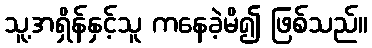
သူ့အရှိန်နှင့်သူ ကနေခဲ့မိ၍ ဖြစ်သည်။